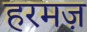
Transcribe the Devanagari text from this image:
हरमज़